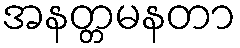
အနတ္တမနတာ